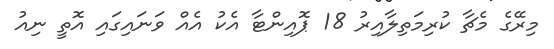
މިރޭގެ މެޗާ ކުރިމަތިލާއިރު 18 ޕޮއިންޓާ އެކު އެއް ވަނައިގައި އޮތީ ނިއު